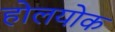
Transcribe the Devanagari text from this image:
होलयोक